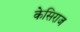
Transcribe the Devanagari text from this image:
केसिराज